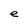
Character: e